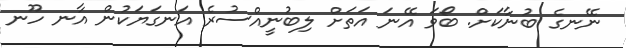
ނޭނގެ ބުނާކަށް. ބޯވަ އޭނަ އަތަށް ލިބުނީއްސުރެ އަނގަޔަކުން އާނ ހޫނ